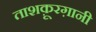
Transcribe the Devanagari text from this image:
ताशक़ूरग़ानी